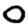
Digit: 0